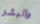
والبشر